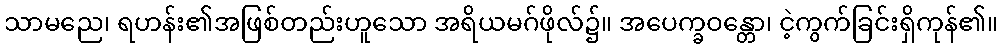
သာမညေ၊ ရဟန်း၏အဖြစ်တည်းဟူသော အရိယမဂ်ဖိုလ်၌။ အပေက္ခဝန္တော၊ ငဲ့ကွက်ခြင်းရှိကုန်၏။